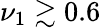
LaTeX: \nu_{1}\gtrsim 0.6